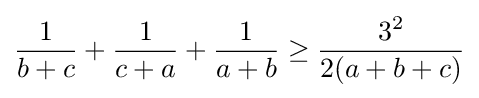
{\frac {1}{b+c}}+{\frac {1}{c+a}}+{\frac {1}{a+b}}\geq {\frac {3^{2}}{2(a+b+c)}}